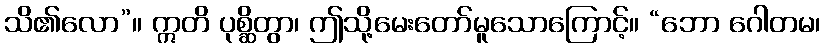
သိ၏လော”။ ဣတိ ပုစ္ဆိတွာ၊ ဤသို့မေးတော်မူသောကြောင့်။ “ဘော ဂေါတမ၊